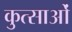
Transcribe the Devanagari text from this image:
कुत्साओं